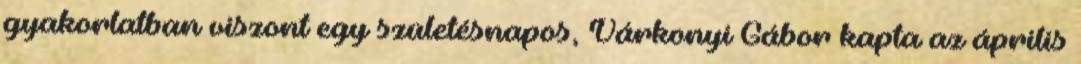
gyakorlatban viszont egy születésnapos, Várkonyi Gábor kapta az április